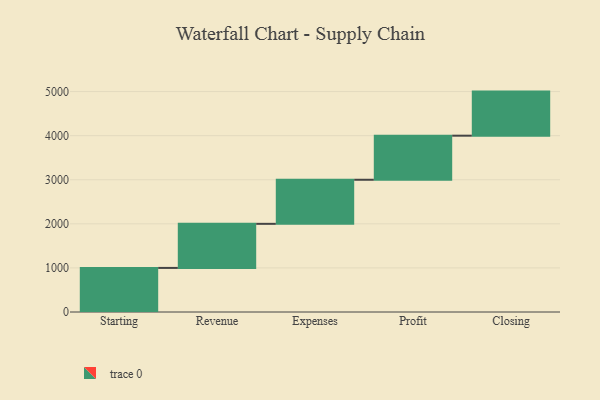
{"axis": {"x": "Step", "y": "Value"}, "legend": [""], "data": [{"x": "Starting", "y": 1000, "type": ""}, {"x": "Revenue", "y": 1000, "type": ""}, {"x": "Expenses", "y": 1000, "type": ""}, {"x": "Profit", "y": 1000, "type": ""}, {"x": "Closing", "y": 1000, "type": ""}]}